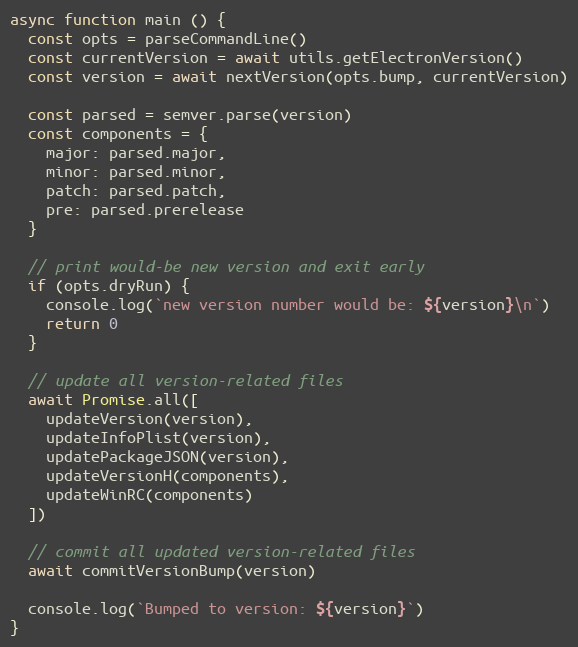
Language: JavaScript
async function main () {
  const opts = parseCommandLine()
  const currentVersion = await utils.getElectronVersion()
  const version = await nextVersion(opts.bump, currentVersion)

  const parsed = semver.parse(version)
  const components = {
    major: parsed.major,
    minor: parsed.minor,
    patch: parsed.patch,
    pre: parsed.prerelease
  }

  // print would-be new version and exit early
  if (opts.dryRun) {
    console.log(`new version number would be: ${version}\n`)
    return 0
  }

  // update all version-related files
  await Promise.all([
    updateVersion(version),
    updateInfoPlist(version),
    updatePackageJSON(version),
    updateVersionH(components),
    updateWinRC(components)
  ])

  // commit all updated version-related files
  await commitVersionBump(version)

  console.log(`Bumped to version: ${version}`)
}